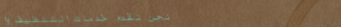
نحن نقدم خدمات التنظيف وا